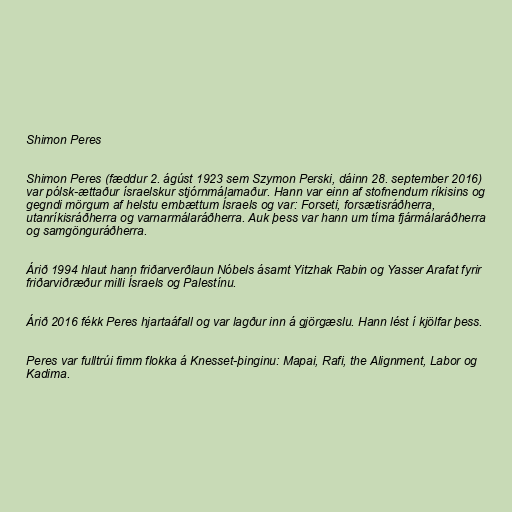
Shimon Peres

Shimon Peres (fæddur 2. ágúst 1923 sem Szymon Perski, dáinn 28. september 2016)
var pólsk-ættaður ísraelskur stjórnmálamaður. Hann var einn af stofn­end­um rík­is­ins og
gegndi mörgum af helstu embætt­um Ísraels og var: For­seti, for­sæt­is­ráðherra,
ut­an­rík­is­ráðherra og varn­ar­málaráðherra. Auk þess var hann um tíma fjár­málaráðherra
og sam­gönguráðherra.

Árið 1994 hlaut hann friðarverðlaun Nóbels ásamt Yitzhak Rabin og Yasser Arafat fyrir
friðarviðræður milli Ísraels og Palestínu.

Árið 2016 fékk Peres hjartaáfall og var lagður inn á gjörgæslu. Hann lést í kjölfar þess.

Peres var fulltrúi fimm flokka á Knesset-þinginu: Mapai, Rafi, the Alignment, Labor og
Kadima.